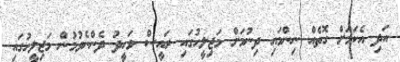
އަދި އެކަމަށް ގޮތެއް ނިންމައި ދިނުމަށް މަޖިލީހުގައި ރައީސް ވަހީދު ދެންނެވުމުން މަޖިލީހުގައި